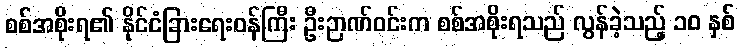
စစ်အစိုးရ၏ နိုင်ငံခြားရေးဝန်ကြီး ဦးဉာဏ်ဝင်းက စစ်အစိုးရသည် လွန်ခဲ့သည့် ၁၀ နှစ်